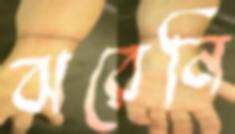
ঝরেনি